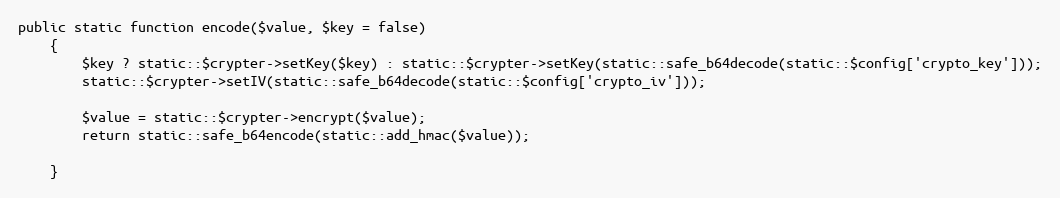
Language: PHP
public static function encode($value, $key = false)
	{
		$key ? static::$crypter->setKey($key) : static::$crypter->setKey(static::safe_b64decode(static::$config['crypto_key']));
		static::$crypter->setIV(static::safe_b64decode(static::$config['crypto_iv']));

		$value = static::$crypter->encrypt($value);
		return static::safe_b64encode(static::add_hmac($value));

	}